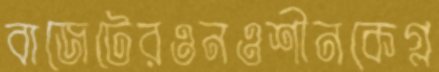
বাজেটেরওনওশীনকেগ্ল